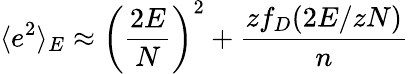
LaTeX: \langle e^{2}\rangle_{E}\approx\left(\frac{2E}N\right)^{2}+\frac{zf_{D}(2E/zN)}{n}